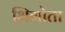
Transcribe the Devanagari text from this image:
भिगोता